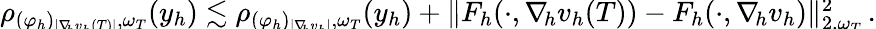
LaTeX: \begin{array}{r}{\smash{\rho_{(\varphi_{h})_{\vert\nabla_{\! h}v_{h}(T)\vert},\omega_{T}}(y_{h})\lesssim\rho_{(\varphi_{h})_{\vert\nabla_{\! h}v_{h}\vert},\omega_{T}}(y_{h})+\| F_{h}(\cdot,\nabla_{\! h}v_{h}(T))-F_{h}(\cdot,\nabla_{\! h}v_{h})\| _{2,\omega_{T}}^{2}\, .}}\end{array}